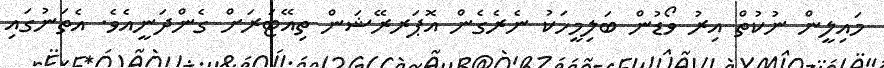
މައިލީން ނުކުތް އިރު ވޯޑުން ބަލިމީހަކު ނެރެގެން އޮޕަރރޭޝަން ތިއޭޓަރަށް ގެންދަނީއެވެ. އެތަނުގައި